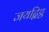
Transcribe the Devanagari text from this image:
जयद्विट्ठ